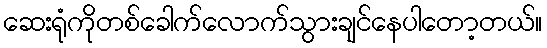
ဆေးရုံကိုတစ်ခေါက်လောက်သွားချင်နေပါတော့တယ်။